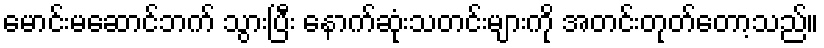
မောင်းမဆောင်ဘက် သွားပြီး နောက်ဆုံးသတင်းများကို အတင်းတုတ်တော့သည်။